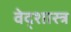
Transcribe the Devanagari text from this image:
वेद्शास्त्र